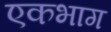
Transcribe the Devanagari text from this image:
एकभाग